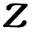
z